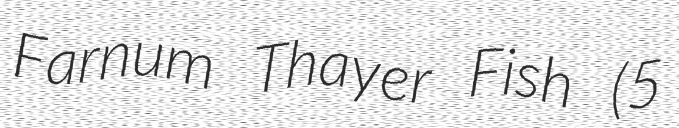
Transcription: Farnum Thayer Fish (5